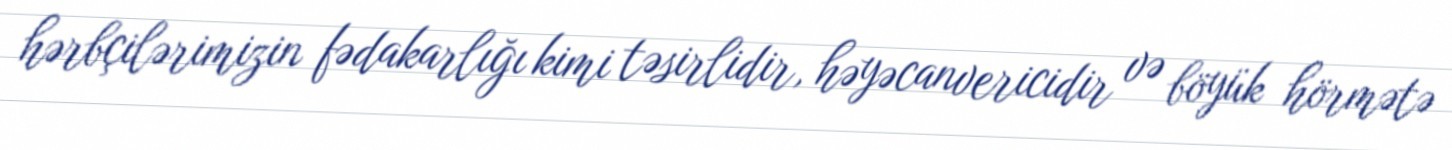
hərbçilərimizin fədakarlığı kimi təsirlidir, həyəcanvericidir və böyük hörmətə